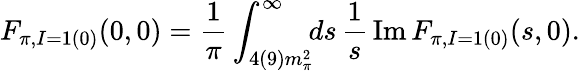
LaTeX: F_{\pi,I=1(0)}(0,0)=\frac{1}{\pi}\int_{4(9)m_{\pi}^{2}}^{\infty}\! \! ds\, \frac{1}{s}\, \mathrm{Im}\, F_{\pi,I=1(0)}(s,0).